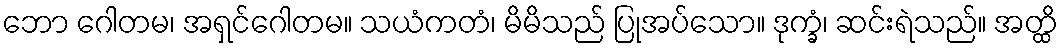
ဘော ဂေါတမ၊ အရှင်ဂေါတမ။ သယံကတံ၊ မိမိသည် ပြုအပ်သော။ ဒုက္ခံ၊ ဆင်းရဲသည်။ အတ္ထိ